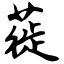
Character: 蓰